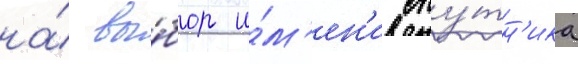
на́ вы́бор и́м'ен'и спу́тн'ика